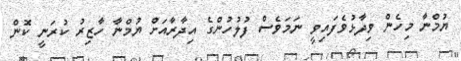
ޔުމްނާ މިހެން ވިދާޅުވެފައިވީ ނަމަވެސް ފުލުހުންގެ އިދާރާއަށް ޔުމްނާ ހާޒިރު ކުރަނީ ކޮން